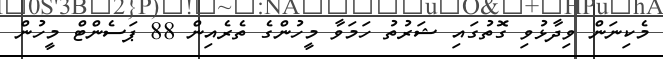
މެކިނަން ވިދާޅުވި ގޮތުގައި ޝަރުތު ހަމަވާ މީހުންގެ ތެރެއިން 88 ޕަސެންޓް މީހުން